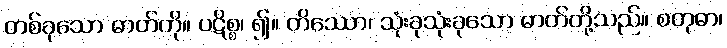
တစ်ခုသော ဓာတ်ကို။ ပဋိစ္စ၊ ၍။ တိဿော၊ သုံးခုသုံးခုသော ဓာတ်တို့သည်။ စတုဓာ၊